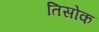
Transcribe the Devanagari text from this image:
तिसोक